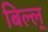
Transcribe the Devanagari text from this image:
बिल्ल्